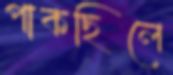
পাকছিলে